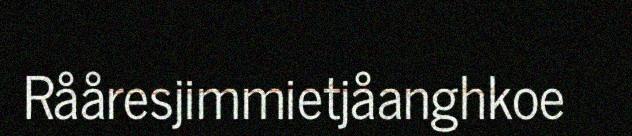
Rååresjimmietjåanghkoe